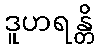
ဒူဟရန္တိ